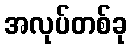
အလုပ်တစ်ခု